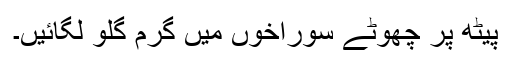
پیٹھ پر چھوٹے سوراخوں میں گرم گلو لگائیں۔